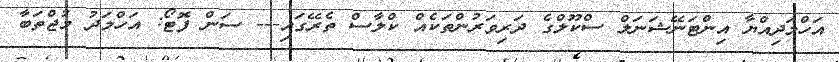
އަހްމަދިއްޔާ އިންޓަނޭޝަނަލް ސްކޫލްގެ ދަރިވަރުންތަކެއް ކްލާސް ތެރޭގައި--- ސަން ފޮޓޯ: އަހްމަދު މުޖްތަބާ